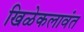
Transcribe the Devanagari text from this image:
खिळेकलावंत